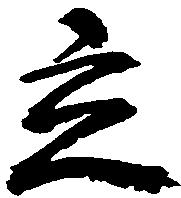
立